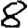
Digit: 8